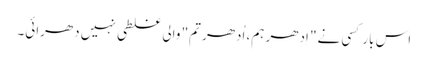
اس بار کسی نے" اِدھر ہم، اُدھر تم" والی غلطی نہیں دھرائی۔